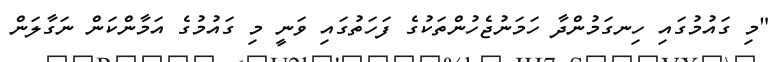
"މި ގައުމުގައި ހިނގަމުންދާ ހަމަނުޖެހުންތަކުގެ ފަހަތުގައި ވަނީ މި ގައުމުގެ އަމާންކަން ނަގާލަން